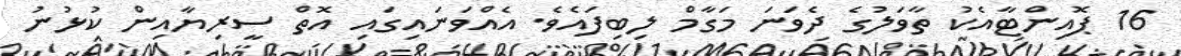
16 ޕޮއިންޓާއެކު ތާވަލުގެ ދެވަނަ މަގާމް ލިބިފައެވެ. އެއްވަނައިގައި އޮތް ސީރިޔާއިން ކުޅުނު